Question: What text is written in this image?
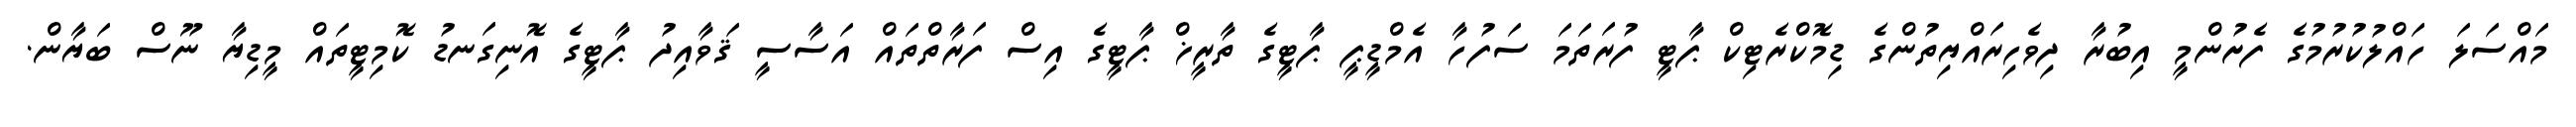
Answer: މައްސަލަ ހައްލުކުރުމުގެ ފެށުންމީ އިބުރާ ދިވެހިރައްޔިތުންގެ ޑިމޮކްރެޓިކް ޕާޓީ ފުރަތަމަ ސަފުހާ އެމްޑީޕީ ޕާޓީގެ ތާރީޚް ޕާޓީގެ އިސް ފަރާތްތައް އަސާސީ ޤަވާއިދު ޕާޓީގެ އޮނިގަނޑު ކޮމިޓީތައް މީޑިޔާ ނޫސް ބަޔާން.